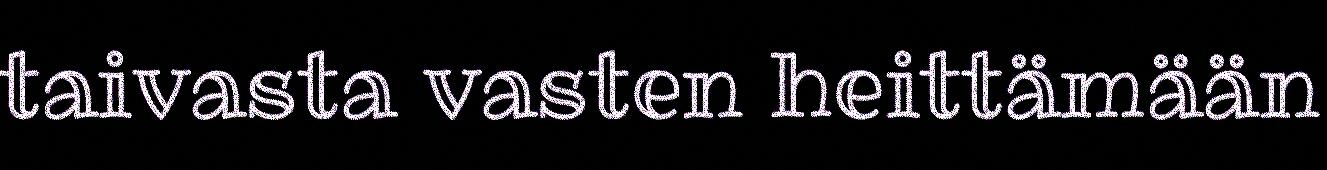
taivasta vasten heittämään